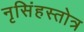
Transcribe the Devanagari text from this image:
नृसिंहस्तोत्र